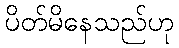
ပိတ်မိနေသည်ဟု